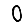
Digit: 0